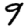
Digit: 9